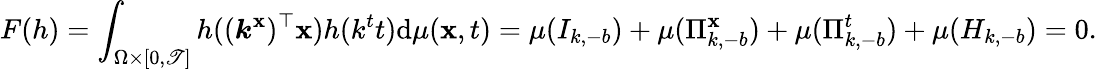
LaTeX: F(h)=\int_{\Omega\times[0,\mathscr{T}]}h((\boldsymbol{k}^{\mathbf{x}})^{\top}\boldsymbol{\mathbf{x}})h(k^{t}t)\mathrm{{d}}\mu(\boldsymbol{\mathbf{x}},t)=\mu(I_{k,-b})+\mu(\Pi_{k,-b}^{\mathbf{x}})+\mu(\Pi_{k,-b}^{t})+\mu(H_{k,-b})=0.